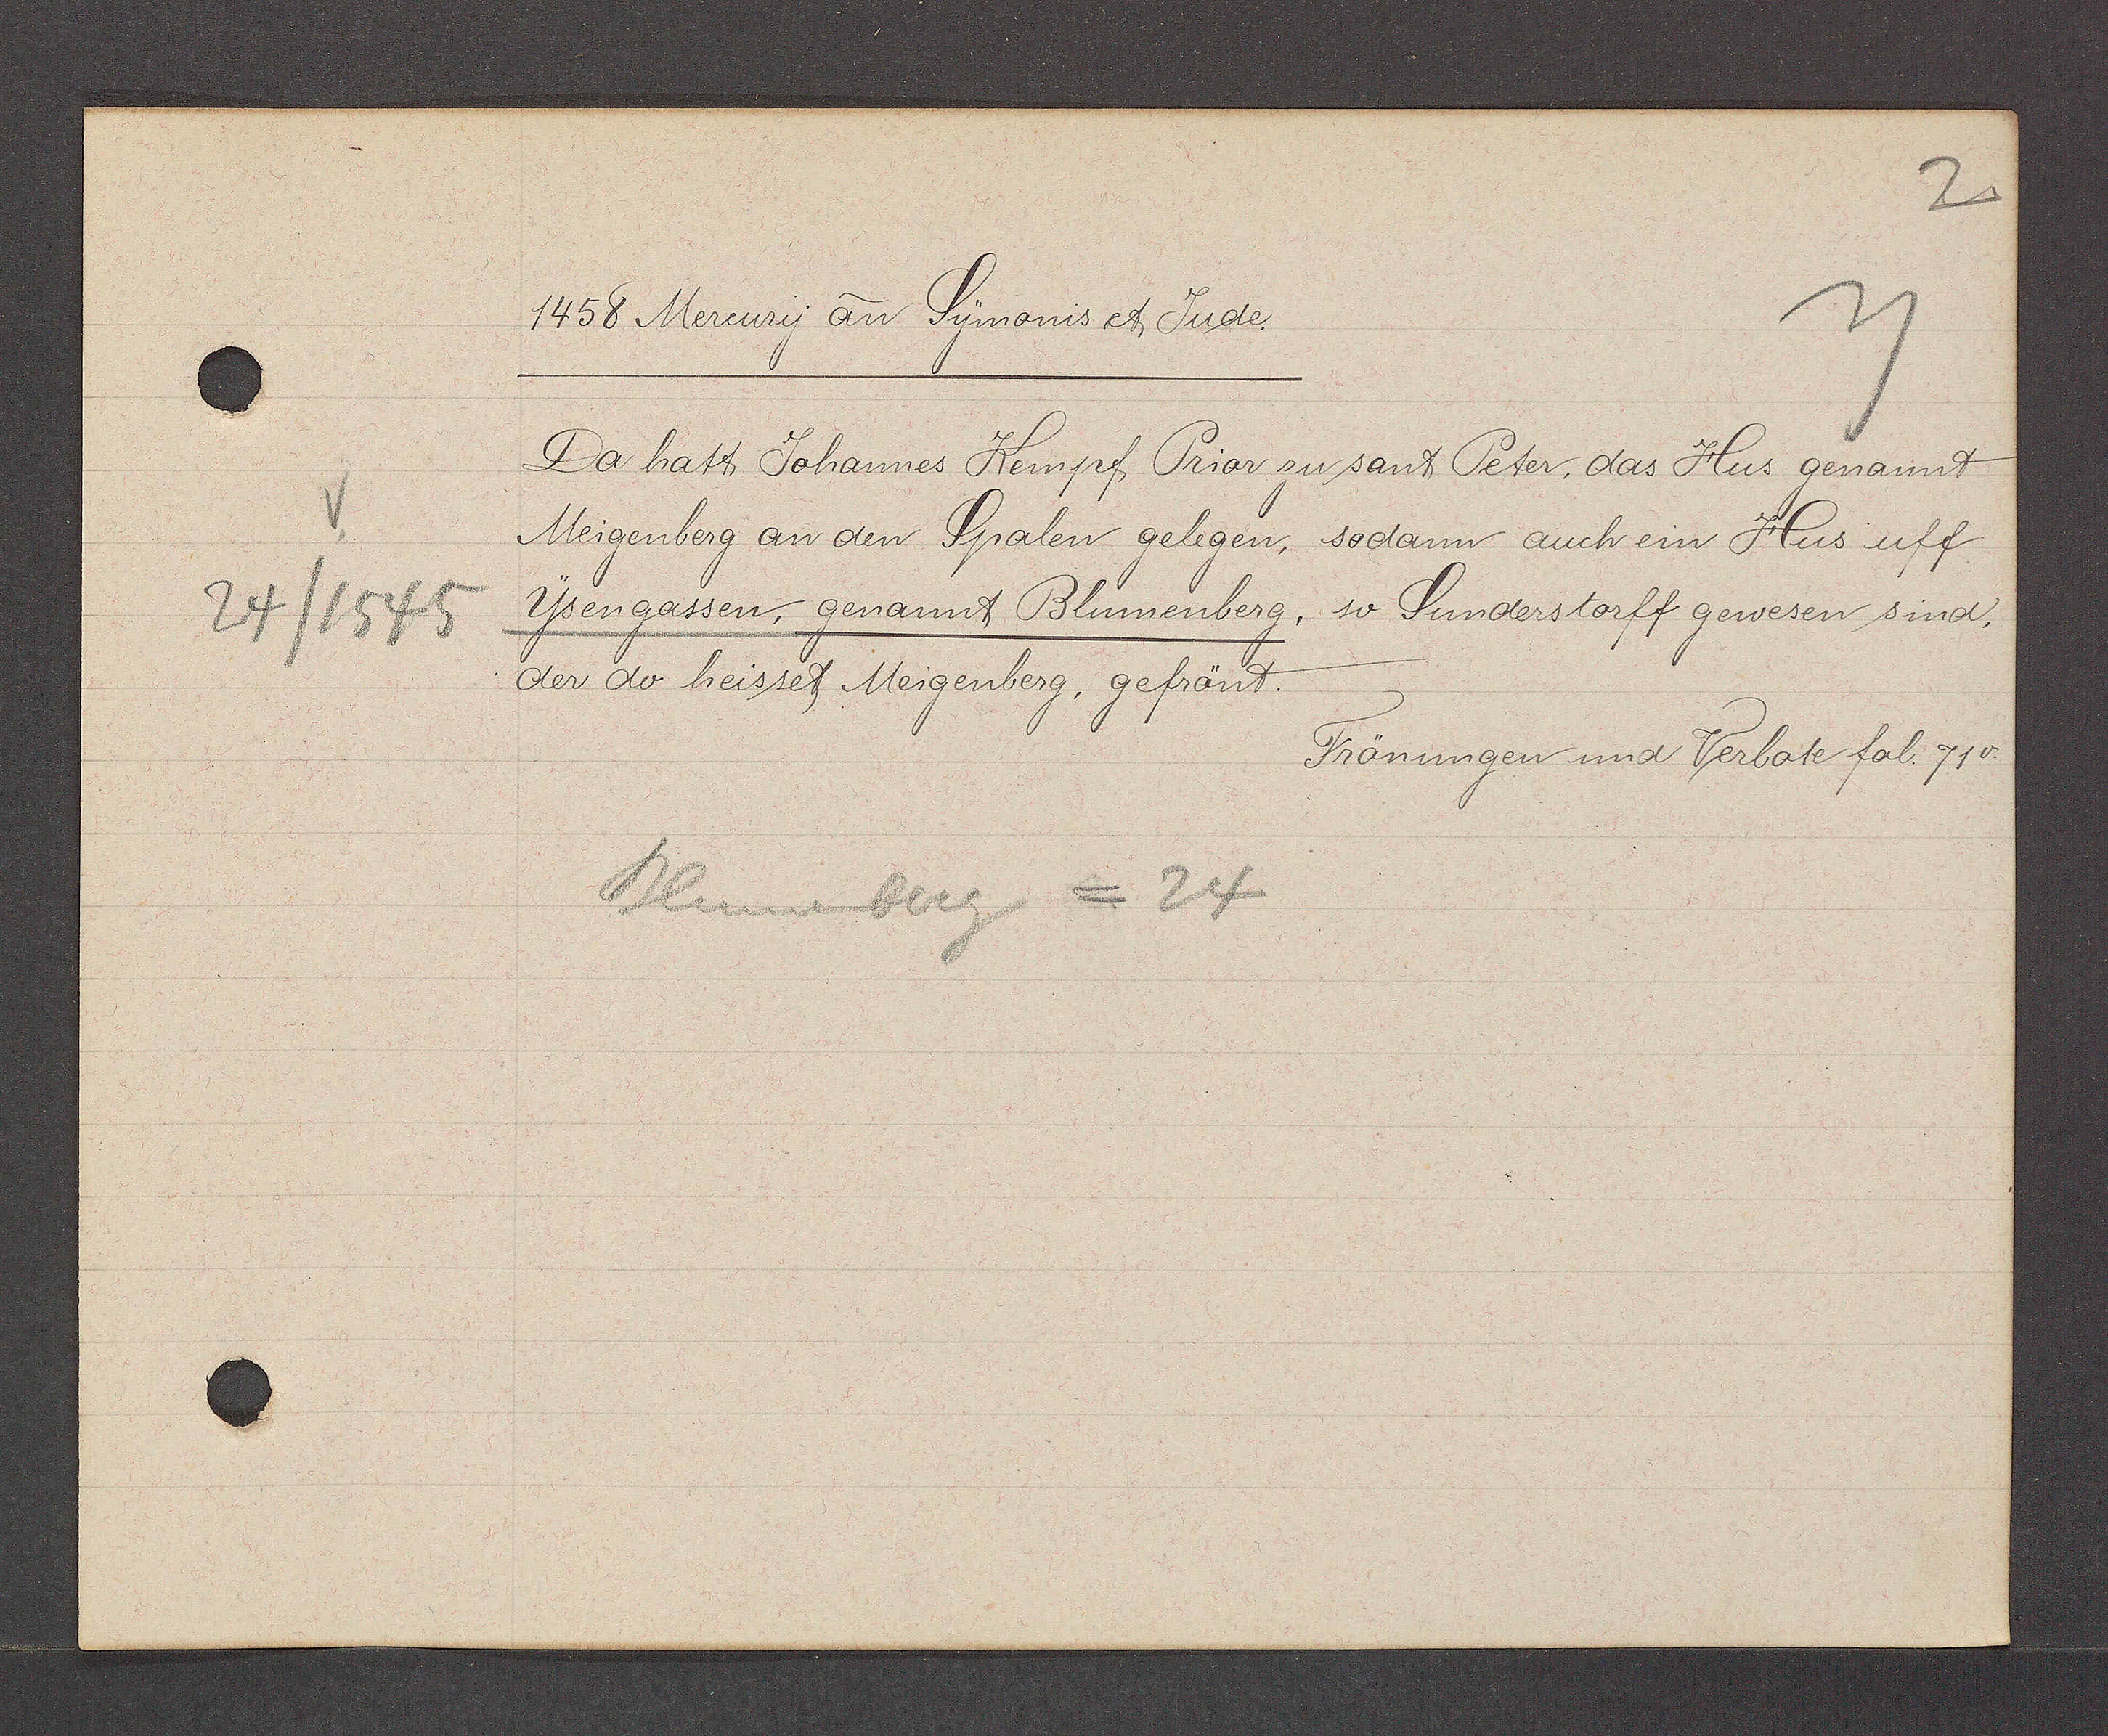
Transcript:
24/1545

1458 Mercury an Symonis et Jude.
Da hatt Johannes Kempf Prior zu sant Peter, das Hus genannt
Meigenberg an den Spalen gelegen, sodann auch ein Hus uff
Ysengassen, genannt Blumenberg, so Sunderstorff gewesen sind.
der do heisset Meigenberg, gefrönt.
Frönungen und Verbote fol. 71v.
Blumenberg = 24